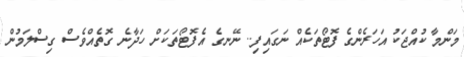
މަންމާ ކުއްޖަކު އަހަރެންގެ ފޮޓޯތަކެއްް ނަގައިފި.. ނޭނގެ އެފޮޓޯތަކަށް ހަދާނެ ގޮތެއްވެސް ގިސްލަމުން